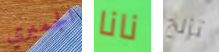
الجمبري نانا تزلج